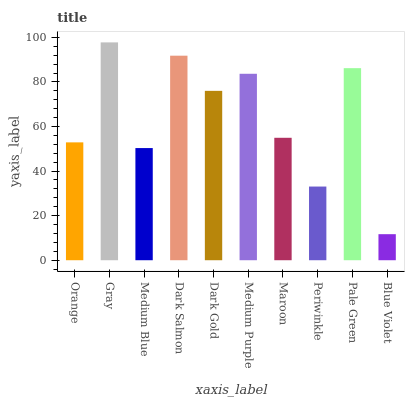
| xaxis_label | bars |
 | --- | --- |
 | Orange | 52.9 |
 | Gray | 97.7 |
 | Medium Blue | 50.3 |
 | Dark Salmon | 91.8 |
 | Dark Gold | 76 |
 | Medium Purple | 83.7 |
 | Maroon | 54.9 |
 | Periwinkle | 33.1 |
 | Pale Green | 86.2 |
 | Blue Violet | 11.7 |